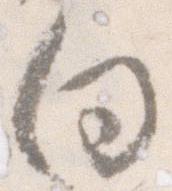
向